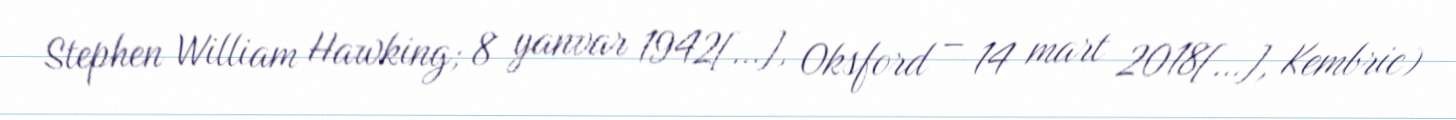
Stephen William Hawking; 8 yanvar 1942[…], Oksford – 14 mart 2018[…], Kembric)